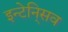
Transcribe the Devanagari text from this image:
इन्टेनि्सव